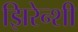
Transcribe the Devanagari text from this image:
झिरेन्शी